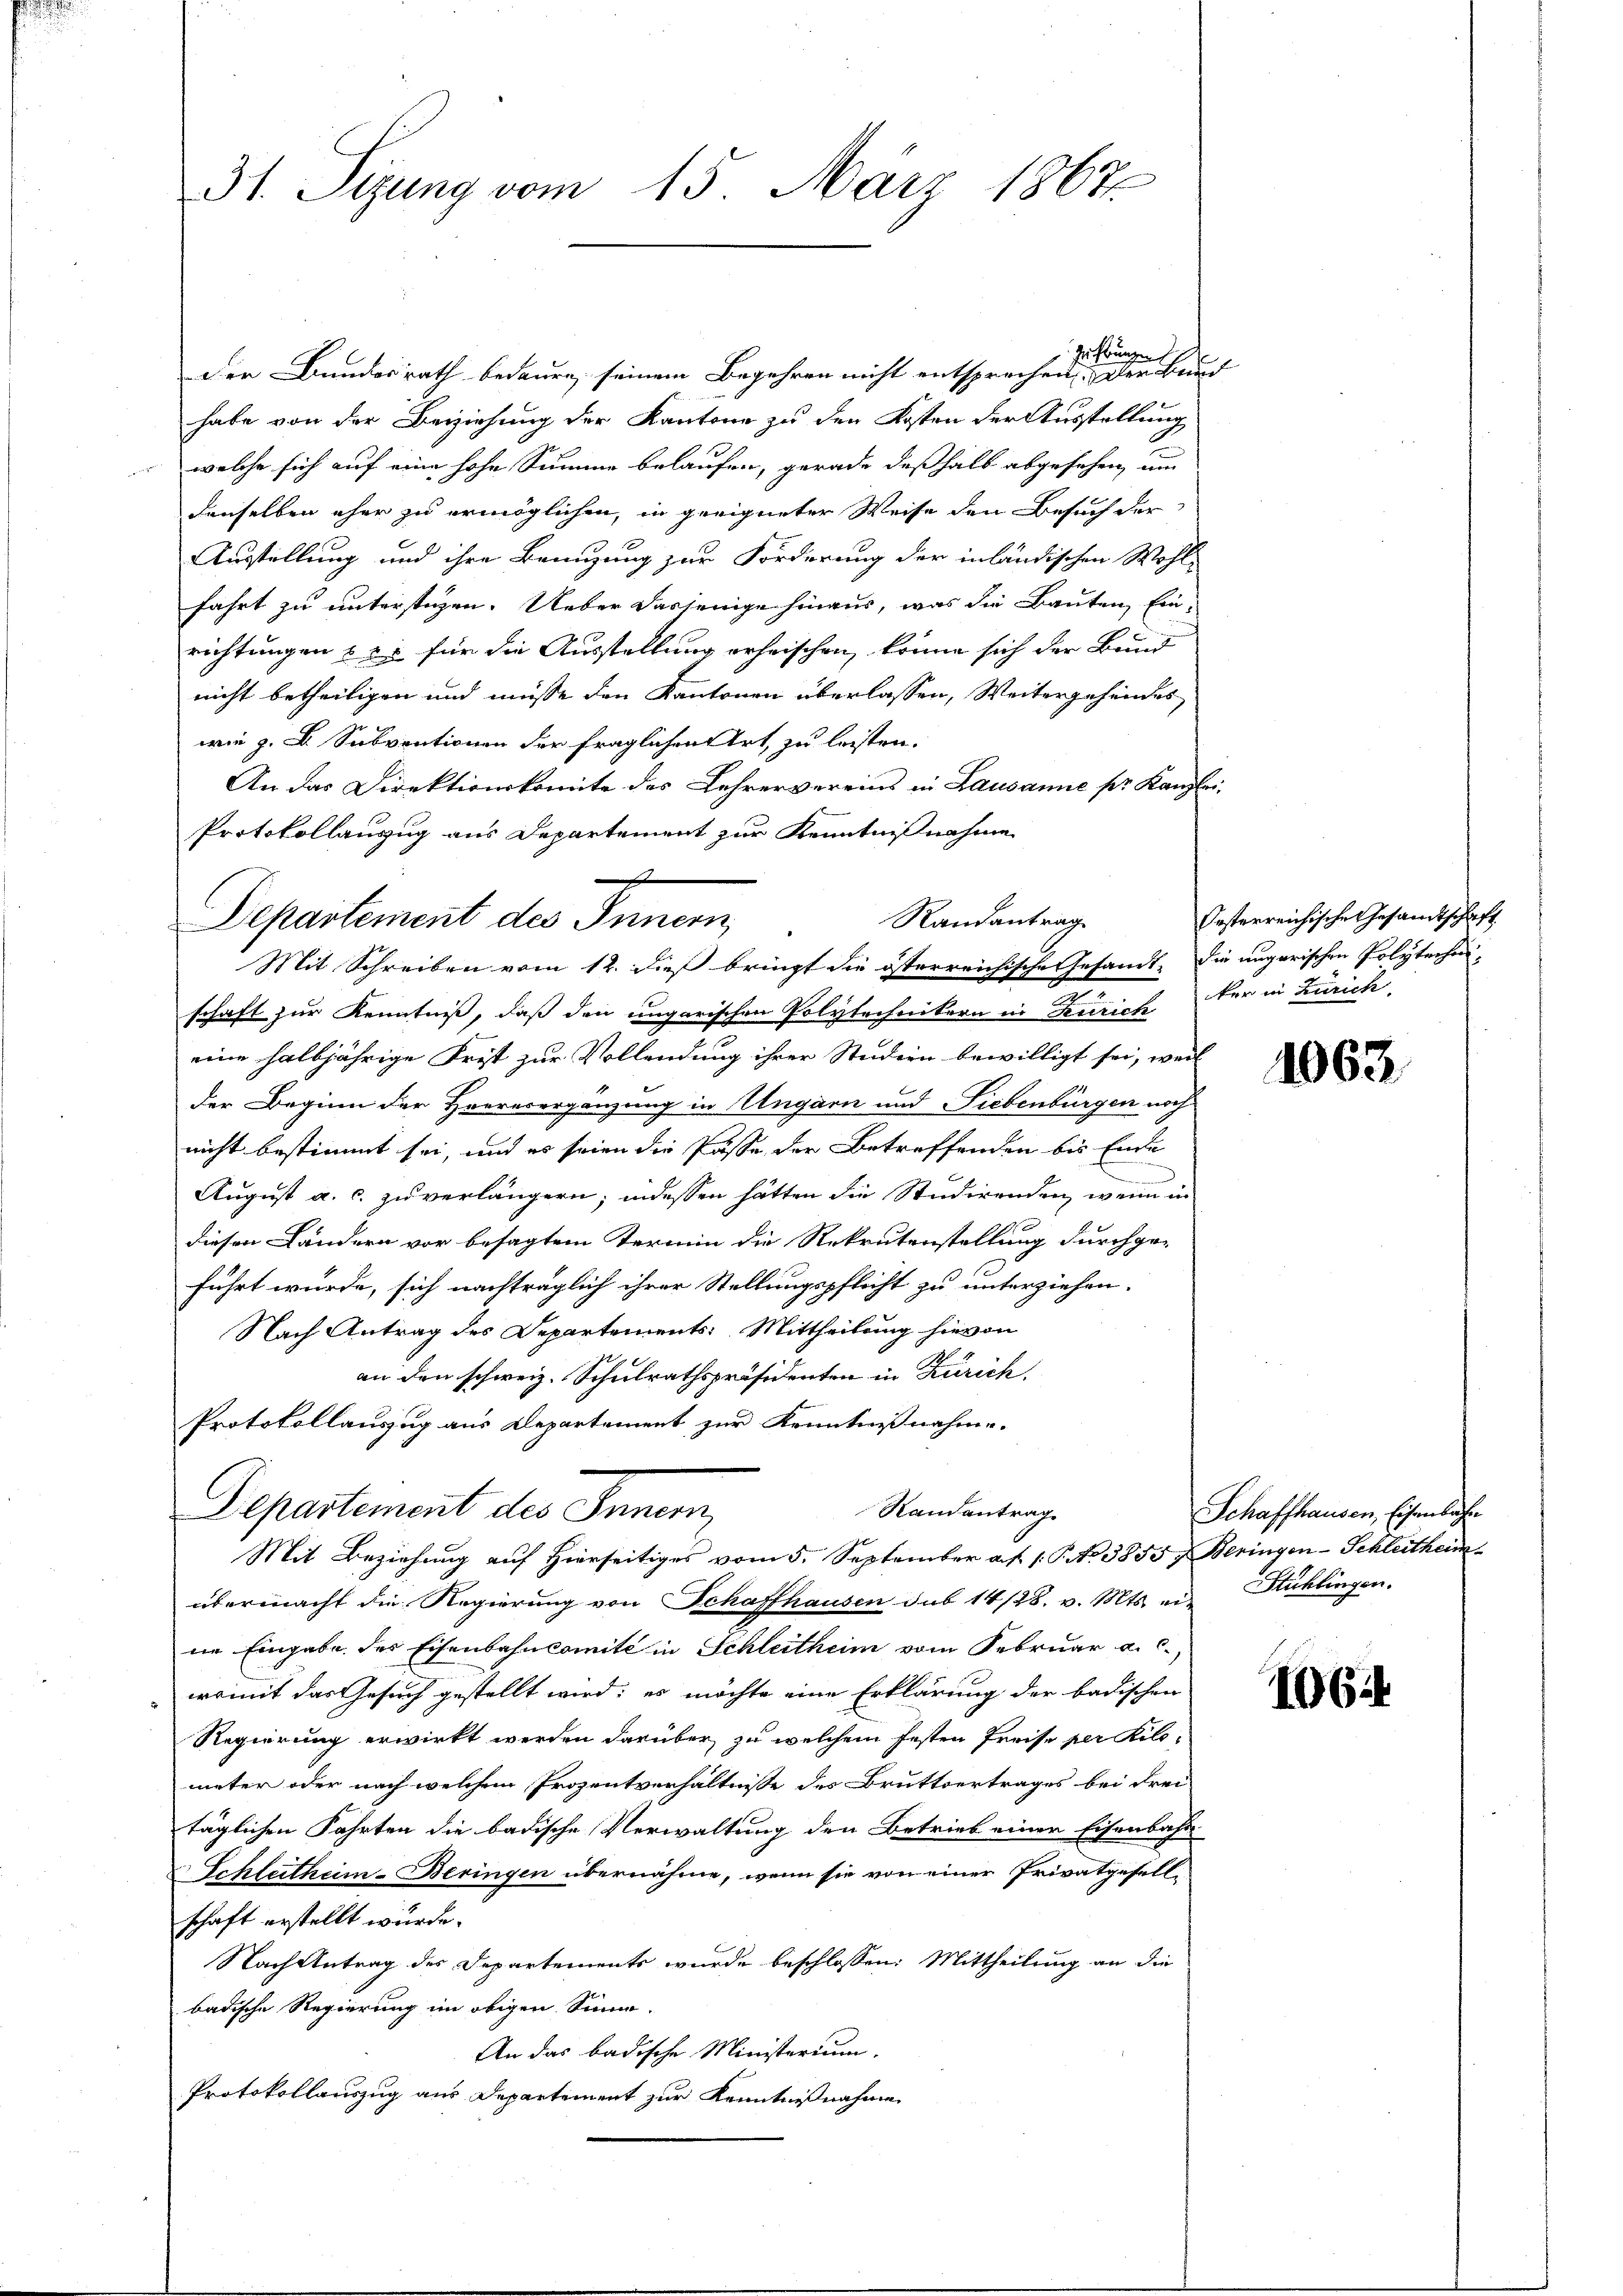
.

zu Prungen
der Bundesrath bedaure, seinem Begehren nicht entsprechen. Der Bund
habe von der Beziehung der Kantone zu den Kosten der Ausstellung
welche sich auf eine hohe Summe belaufen, gerade deßhalb abgesehen, um
denselben eher zu ermöglichen, in geeigneter Weise den Besuch der
Austellung und ihre Benuzung zur Forderung der inländischen Wohl-
fahrt zu unterstüzen. Ueber dasjenige hinaus, was die Bauten Ein-
richtungen & es für die Ausstellung erheischen, könne sich der Bund
nicht betheiligen und müsse den Kantonen überlassen, Weitergehendes
wie z. B. Subventionen der fraglichen Art, zu leisten.
An das Direktionskomite des Lehrervereins in Lausanne pr. Kanzlei-
Protokollauszug aus Departement zur Kenntnißnahme
Mit Schreiben vom 12. dieß bringt die österreichische Gesandt. Die ungarischen Polytechni-
schaft zur Kenntniß, daß den ungarischen Polytechnikern in Zürich der in Zürich,
eine halbjährige Frist zur Vollendung ihrer Studien bewilligt sei, weil
der Beginn der Heeresergänzung in Ungarn und Liebenbürgen noch
nicht bestimmt sei, und es seien die Pässe der Betreffenden bis Ende
August a. c. zu verlängern; indessen hätten die Studirenden, wenn in
diesen Ländern vor besagtem Termin die Rekrutenstellung durchge-
führt würde, sich nachträglich ihrer Stellungspflicht zu unterziehen.
Nach Antrag des Departements: Mittheilung hievon
an den schweiz. Schulrathspräsidenten in Zürich.
Protokollauszug aus Departement zur Kenntnißnahme.
Randantrag
Departement des Innern,
Mit Beziehung auf Hierseitiges vom 5. September a. f. 1. J. No 3853 & Beringen-Schleitheim
übermacht die Regierung von Schaffhausen sub 14/28. v. Mts. ein Hühlingen.
ne Eingabe des Eisenbahnkomité in Schleitheim vom Februar a. c.,
womit das Gesuch gestellt wird; es möchte eine Erklärung der badischen
Regierung erwirkt werden darüber, zu welchem festen Preise per Kilo-
meter oder nach welchem Prozentverhältnisse des Bruttvertrages bei Frei-
täglichen Fahrten die badische Verwaltung den Betrieb einer Eisenbahn
Schlutheim-Beringen übernähme, wenn sie von einer Privatgesell-
schaft erstellt wurde.
Nach Antrag des Departements wurde beschlossen: Mittheilung an die
badische Regierung im obigen Sinne.
An das badische Ministerium.
Protokollauszug aus Departement zur Kenntnisnahme

31. Sezung vom 15. März 1867.

Departement des Innern,

s

Randantrag

Oesterreichische Gesandtschaft

1063.

Schaffhausen, Eisenbahn

1064